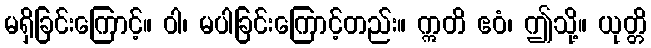
မရှိခြင်းကြောင့်။ ဝါ၊ မပါခြင်းကြောင့်တည်း။ ဣတိ ဧဝံ၊ ဤသို့။ ယုတ္တိ